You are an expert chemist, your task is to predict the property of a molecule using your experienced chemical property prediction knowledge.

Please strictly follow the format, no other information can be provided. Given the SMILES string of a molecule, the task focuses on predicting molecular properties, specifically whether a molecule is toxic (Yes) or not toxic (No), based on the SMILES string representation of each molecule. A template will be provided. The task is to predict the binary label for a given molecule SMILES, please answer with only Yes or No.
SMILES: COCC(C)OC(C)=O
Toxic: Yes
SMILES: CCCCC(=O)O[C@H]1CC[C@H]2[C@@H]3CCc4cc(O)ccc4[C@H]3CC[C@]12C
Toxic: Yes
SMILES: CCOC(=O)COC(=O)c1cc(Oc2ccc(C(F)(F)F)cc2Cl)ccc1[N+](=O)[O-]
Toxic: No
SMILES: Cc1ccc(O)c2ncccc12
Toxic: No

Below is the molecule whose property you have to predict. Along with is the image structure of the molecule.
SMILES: CC(=O)[C@H]1CC[C@H]2[C@@H]3CC[C@H]4C[C@H](O)CC[C@]4(C)[C@H]3CC[C@]12C
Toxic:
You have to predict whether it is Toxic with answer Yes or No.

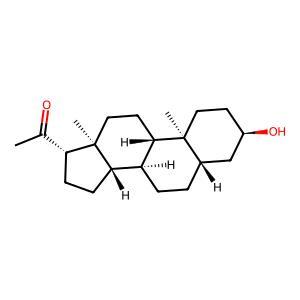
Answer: No